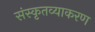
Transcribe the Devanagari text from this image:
संस्कृतव्याकरण